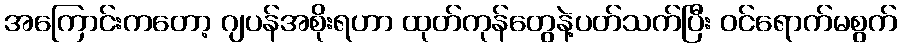
အကြောင်းကတော့ ဂျပန်အစိုးရဟာ ထုတ်ကုန်တွေနဲ့ပတ်သက်ပြီး ဝင်ရောက်မစွက်